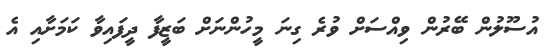
އުސޫލުން ބޭރުން ވިއްސަށް ވުރެ ގިނަ މީހުންނަށް ބަޒީފާ ދީފައިވާ ކަމަށާއި އެ